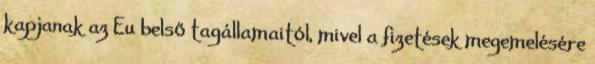
kapjanak az Eu belső tagállamaitól, mivel a fizetések megemelésére